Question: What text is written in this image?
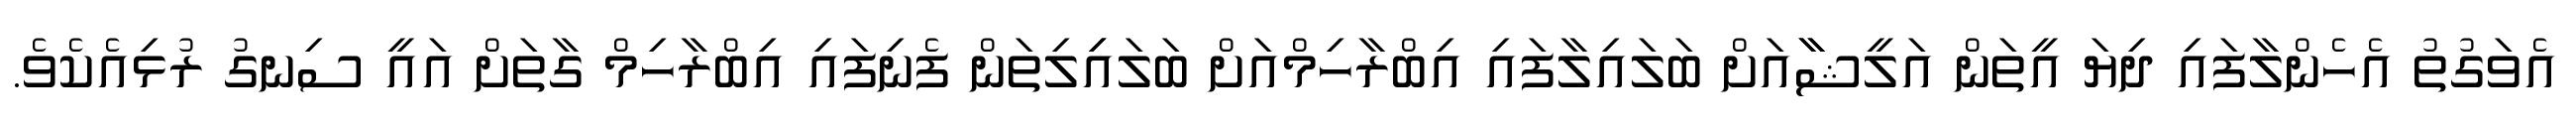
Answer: އެވަގުތު އެހެންލާފައި ދިޔަ އީތަން އަލީޝާާއަށް ބަލައިލާފައި އިބްރާހިމްއަށް ބަލައިިލިތަން ފެނިފައި އިބްރާހިމް ގާތަށް އައީ ސިނގު ރުޅިއެކެވެ.